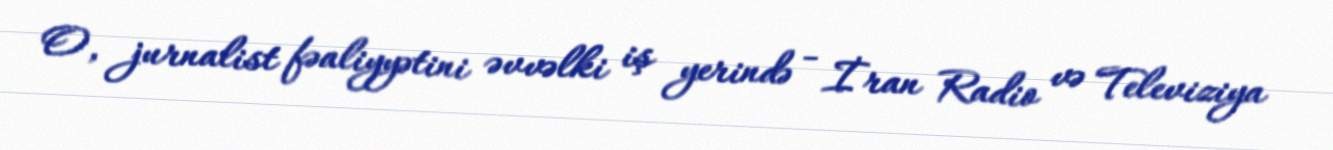
O, jurnalist fəaliyyətini əvvəlki iş yerində - İran Radio və Televiziya